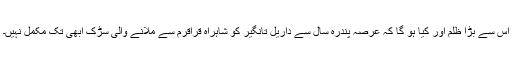
اس سے بڑا ظلم اور کیا ہو گا کہ عرصہ پندرہ سال سے داریل تانگیر کو شاہراہ قراقرم سے ملانے والی سڑک ابھی تک مکمل نہیں۔